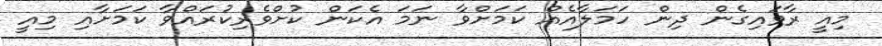
މިއީ ރާވައިގެން ދިން ހަމަލާއެއް ކަމަށްވާ ނަމަ އެކަން ކުށްވެރިކުރައްވާ ކަމަށާއި މިއީ